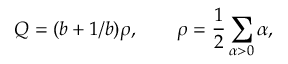
Q = ( b + 1 / b ) \rho , \qquad \rho = \frac 1 2 \sum _ { \alpha > 0 } \alpha ,